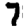
Digit: 7